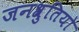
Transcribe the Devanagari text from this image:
जनश्रुतियो